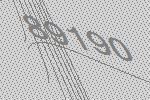
89190